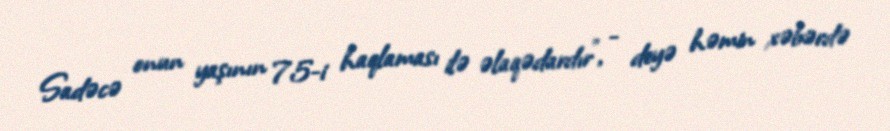
Sadəcə onun yaşının 75-i haqlaması ilə əlaqədardır", - deyə həmin xəbərdə